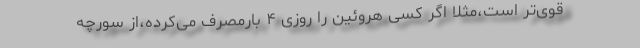
قوی‌تر است،مثلاً اگر کسی هروئین را روزی ۴ بارمصرف می‌کرده،از سورچه